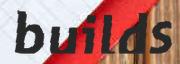
builds